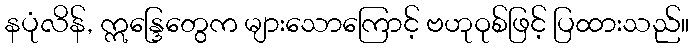
နပုံလိန်, ဣန္ဒြေတွေက များသောကြောင့် ဗဟုဝုစ်ဖြင့် ပြထားသည်။